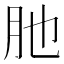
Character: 肔